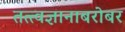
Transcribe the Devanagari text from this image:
तत्त्वज्ञानाबरोबर